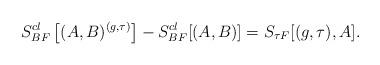
LaTeX: \begin{align*}S_{BF}^{cl}\left[(A,B)^{(g,\tau)}\right] - S_{BF}^{cl}[(A,B)] = S_{\tau F}[(g,\tau),A].\end{align*}